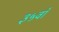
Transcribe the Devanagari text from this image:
३५वाँ